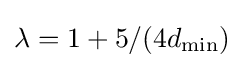
\lambda =1+5/(4d_{\mathrm {min} })